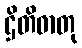
ဌိတိဓာတု